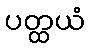
ပတ္ထယံ